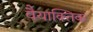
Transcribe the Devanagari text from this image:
वैयाक्तिक